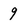
Character: 9